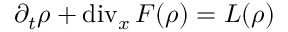
\partial _ { t } \boldsymbol { \rho } + \operatorname { d i v } _ { x } \boldsymbol { F } ( \boldsymbol { \rho } ) = \boldsymbol { L } ( \boldsymbol { \rho } )